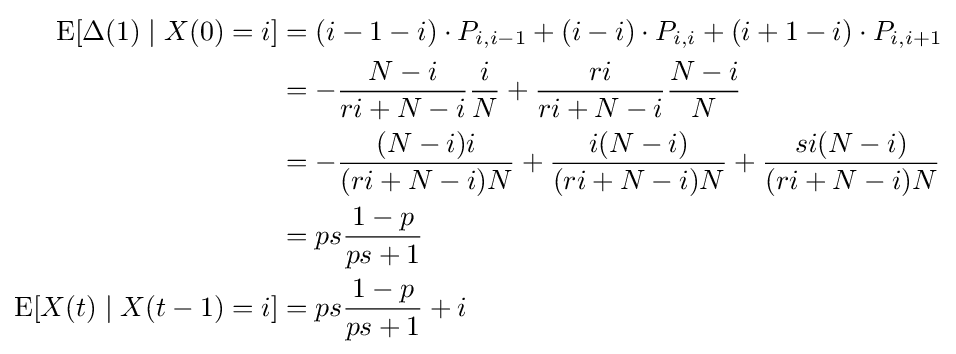
{\begin{aligned}\operatorname {E} [\Delta (1)\mid X(0)=i]&=(i-1-i)\cdot P_{i,i-1}+(i-i)\cdot P_{i,i}+(i+1-i)\cdot P_{i,i+1}\\&=-{\frac {N-i}{ri+N-i}}{\frac {i}{N}}+{\frac {ri}{ri+N-i}}{\frac {N-i}{N}}\\&=-{\frac {(N-i)i}{(ri+N-i)N}}+{\frac {i(N-i)}{(ri+N-i)N}}+{\frac {si(N-i)}{(ri+N-i)N}}\\&=ps{\dfrac {1-p}{ps+1}}\\\operatorname {E} [X(t)\mid X(t-1)=i]&=ps{\dfrac {1-p}{ps+1}}+i\end{aligned}}